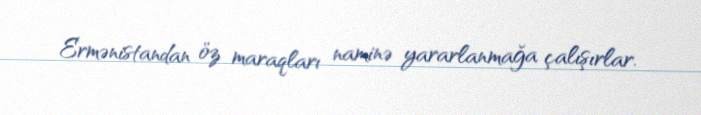
Ermənistandan öz maraqları naminə yararlanmağa çalışırlar.